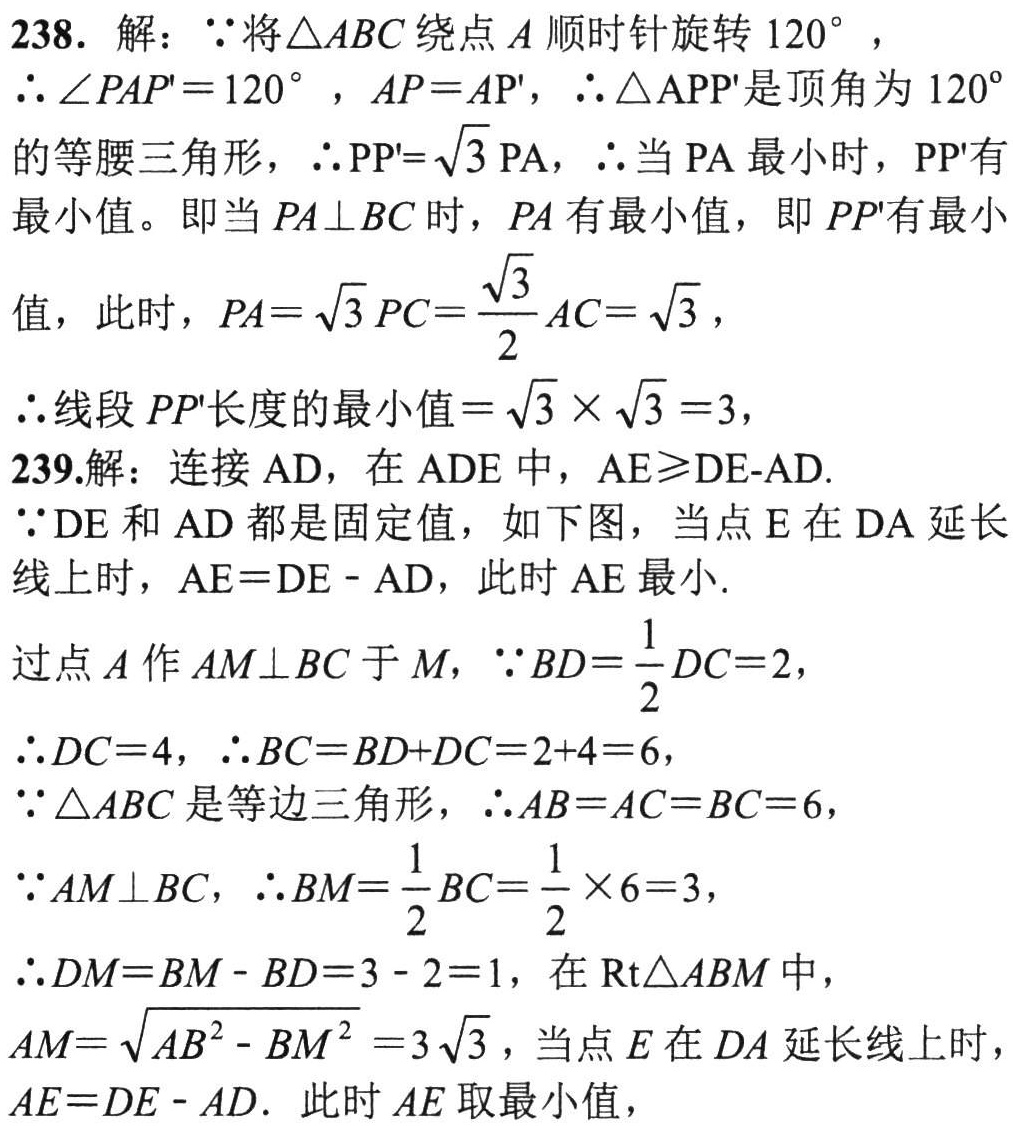
238. 解：\(\because\)将\(\triangle ABC\)绕点\(A\)顺时针旋转\(120^{\circ}\)，
\(\therefore\angle PAP' = 120^{\circ}\)，\(AP = AP'\)，\(\therefore\triangle APP'\)是顶角为\(120^{\circ}\)
的等腰三角形，\(\therefore PP'=\sqrt{3}PA\)，\(\therefore\)当\(PA\)最小时，\(PP'\)有
最小值。即当\(PA\perp BC\)时，\(PA\)有最小值，即\(PP'\)有最小
值，此时，\(PA = \sqrt{3}PC=\frac{\sqrt{3}}{2}AC=\sqrt{3}\)，
\(\therefore\)线段\(PP'\)长度的最小值\(=\sqrt{3}\times\sqrt{3}=3\)，
239.解：连接\(AD\)，在\(\triangle ADE\)中，\(AE\geqslant DE - AD\).
\(\because DE\)和\(AD\)都是固定值，如下图，当点\(E\)在\(DA\)延长线上时，\(AE = DE - AD\)，此时\(AE\)最小.
过点\(A\)作\(AM\perp BC\)于\(M\)，\(\because BD=\frac{1}{2}DC = 2\)，
\(\therefore DC = 4\)，\(\therefore BC = BD + DC=2 + 4 = 6\)，
\(\because\triangle ABC\)是等边三角形，\(\therefore AB = AC = BC = 6\)，
\(\because AM\perp BC\)，\(\therefore BM=\frac{1}{2}BC=\frac{1}{2}\times6 = 3\)，
\(\therefore DM = BM - BD = 3 - 2 = 1\)，在\(\mathrm{Rt}\triangle ABM\)中，
\(AM=\sqrt{AB^{2}-BM^{2}} = 3\sqrt{3}\)，当点\(E\)在\(DA\)延长线上时，
\(AE = DE - AD\). 此时\(AE\)取最小值，